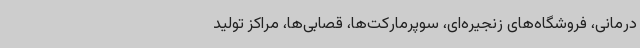
درمانی، فروشگاه‌های زنجیره‌ای، سوپرمارکت‌ها، قصابی‌ها، مراکز تولید